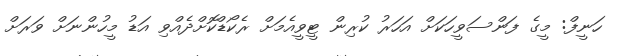
ހަނީފް: މީގެ ފަންސަވީހަކަށް އަހަރު ކުރިން ޓީވީއެމަށް ރެކޯޑްކޮށްދެއްވި އަޑު މީހުންނަށް ވަރަށް